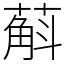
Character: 蔛